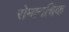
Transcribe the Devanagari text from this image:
रोमानचिक